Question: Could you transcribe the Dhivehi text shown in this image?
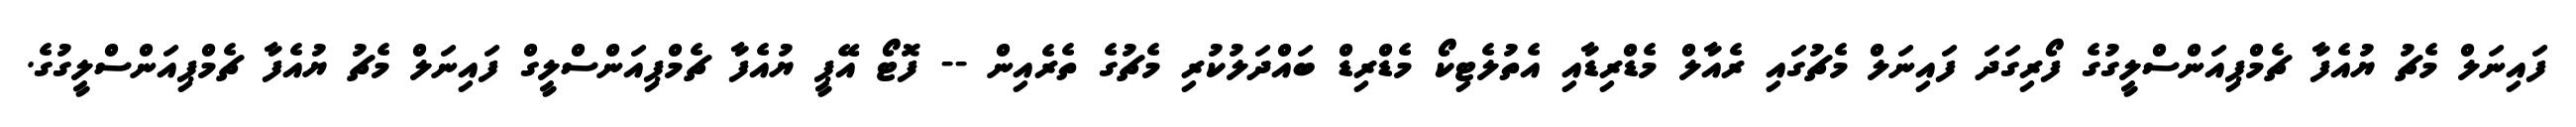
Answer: ފައިނަލް މެޗު ޔުއެފާ ޗެމްޕިއަންސްލީގުގެ ފޯރިގަދަ ފައިނަލް މެޗުގައި ރެއާލް މެޑްރިޑާއި އެތުލެޓިކޯ މެޑްރިޑް ބައްދަލުކުރި މެޗުގެ ތެރެއިން -- ފޮޓޯ އޭޕީ ޔުއެފާ ޗެމްޕިއަންސްލީގް ފައިނަލް މެޗު ޔުއެފާ ޗެމްޕިއަންސްލީގުގެ.